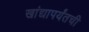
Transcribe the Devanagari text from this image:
खांद्यापर्यंतची